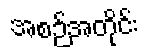
အစဉ်အတိုင်း